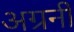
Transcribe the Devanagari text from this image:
अग्रनी